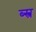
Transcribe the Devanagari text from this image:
ब्स्त्र